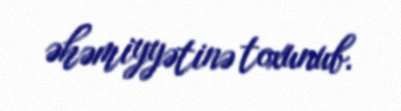
əhəmiyyətinə toxunub.